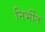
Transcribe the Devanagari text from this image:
निर्भीत